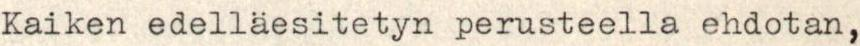
Kaiken edelläesitetyn perusteella ehdotan,